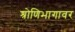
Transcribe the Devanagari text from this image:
श्रोणिभागावर